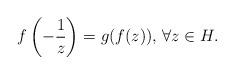
LaTeX: \begin{align*}f\left(-\frac{1}{z}\right)=g(f(z))\textrm{, }\forall z\in H.\end{align*}